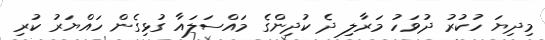
މިދިޔަ ހުކުރު ދުވަހު މަރާލި ދެ ކުދިންގެ މައްސަލައާ ގުޅިގެން ހައްޔަރު ކުރި